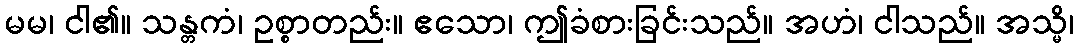
မမ၊ ငါ၏။ သန္တကံ၊ ဥစ္စာတည်း။ ဧသော၊ ဤခံစားခြင်းသည်။ အဟံ၊ ငါသည်။ အသ္မိ၊